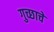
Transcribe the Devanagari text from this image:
गुच्छाचे